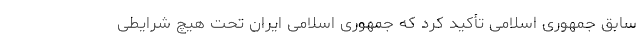
سابق جمهوری اسلامی تأکید کرد که جمهوری اسلامی ایران تحت هیچ شرایطی